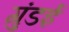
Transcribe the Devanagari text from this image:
गुंडई